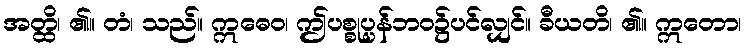
အတ္ထိ၊ ၏။ တံ၊ သည်။ ဣဓေဝ၊ ဤပစ္စုပ္ပန်ဘဝ၌ပင်လျှင်။ ခီယတိ၊ ၏။ ဣတော၊